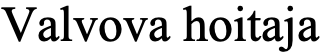
Valvova hoitaja